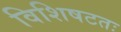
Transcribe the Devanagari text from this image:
विशिषटतः